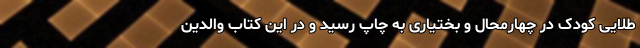
طلایی کودک در چهارمحال و بختیاری به چاپ رسید و در این کتاب والدین